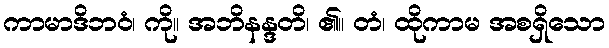
ကာမာဒိဘဝံ၊ ကို။ အဘိနန္ဒတိ၊ ၏။ တံ၊ ထိုကာမ အစရှိသော